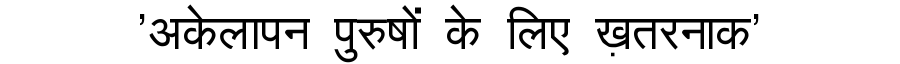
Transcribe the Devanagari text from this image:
'अकेलापन पुरुषों के लिए ख़तरनाक'